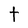
Character: t